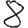
Digit: 8